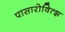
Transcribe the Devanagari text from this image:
पासारोवित्झ